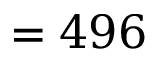
= 4 9 6